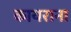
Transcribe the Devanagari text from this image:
कायराना